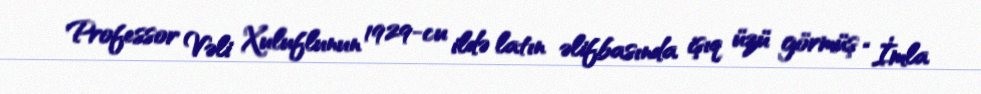
Professor Vəli Xuluflunun 1929-cu ildə latın əlifbasında işıq üzü görmüş “İmla